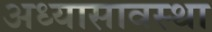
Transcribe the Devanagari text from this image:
अध्यासावस्था